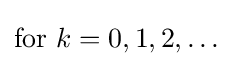
{\text{for }}k=0,1,2,\ldots